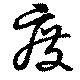
廢